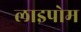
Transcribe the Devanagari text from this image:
लाइपोम